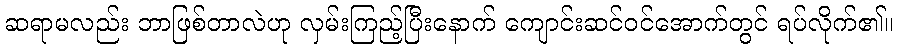
ဆရာမလည်း ဘာဖြစ်တာလဲဟု လှမ်းကြည့်ပြီးနောက် ကျောင်းဆင်ဝင်အောက်တွင် ရပ်လိုက်၏။